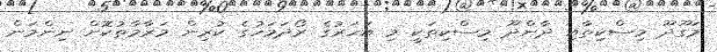
މަގޫދޫ މިސްކިތާއި ދާންދޫ މިސްކިތަކީ މި އަހަރުގެ ރޯދަމަހުގެ ކުރިން މަރާމާތުކޮށް ނިންމަން